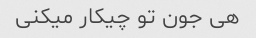
هی جون تو چیکار میکنی